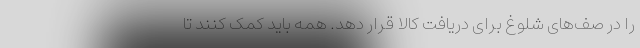
را در صف‌های شلوغ برای دریافت کالا قرار دهد. همه باید کمک کنند تا